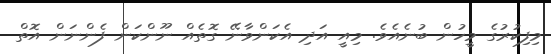
މިފިކުރުގެ މީހުން ބުނެއެވެ. މިއީ އަދި އެކަންވާނޭ ގޮތެއް ނޫންކަން ފެންނަން އޮތް